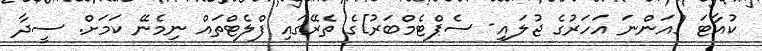
ކުއާޓަ [އަންނަ އަހަރުގެ ޖުލައި- ސެޕްޓެމްބަރު]ގެ ތެރޭގައި ފްލެޓްތައް ނިމެނޭ ކަމަށް. ސީދާ